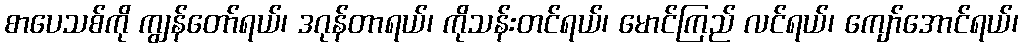
စာပေသစ်ကို ကျွန်တော်ရယ်၊ ဒဂုန်တာရယ်၊ ကိုသန်းတင်ရယ်၊ မောင်ကြည် လင်ရယ်၊ ကျော်အောင်ရယ်၊